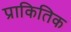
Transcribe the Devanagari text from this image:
प्राकितिक